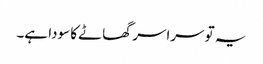
یہ تو سراسر گھاٹے کا سودا ہے۔